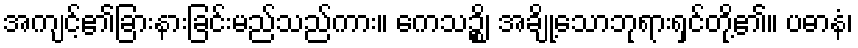
အကျင့်၏ခြားနားခြင်းမည်သည်ကား။ ကေသဉ္စိ၊ အချို့သောဘုရားရှင်တို့၏။ ပဓာနံ၊